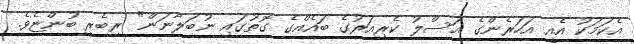
އެކަމަކު އެއީ އަހަރެންގެ އަސްލު ކެރިއަރުގެ ބައެއްގެ ގޮތުގައި ނުބަލާނަން" ރިބެރީ ބުންޏެވެ.